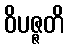
ဝိပဇ္ဇတိ